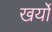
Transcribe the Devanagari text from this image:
खर्यो